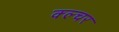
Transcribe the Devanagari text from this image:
क्ल्चर